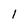
Character: 1